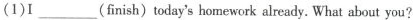
(1)I ___ (finish) today's homework already. What about you?